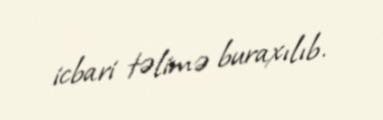
icbari təlimə buraxılıb.